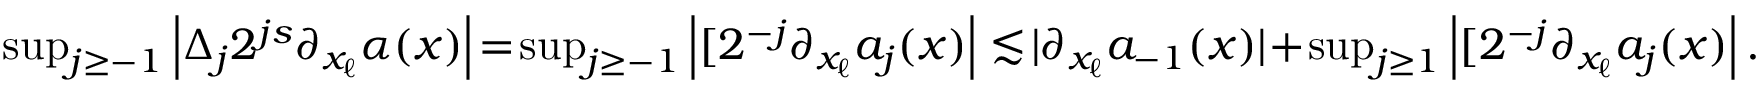
\begin{array} { r } { \operatorname* { s u p } _ { j \geq - 1 } \left| \Delta _ { j } 2 ^ { j s } \partial _ { x _ { \ell } } \alpha ( x ) \right| \! = \! \operatorname* { s u p } _ { j \geq - 1 } \left| [ 2 ^ { - j } \partial _ { x _ { \ell } } a _ { j } ( x ) \right| \lesssim \! | \partial _ { x _ { \ell } } a _ { - 1 } ( x ) | \! + \! \operatorname* { s u p } _ { j \geq 1 } \left| [ 2 ^ { - j } \partial _ { x _ { \ell } } a _ { j } ( x ) \right| . } \end{array}